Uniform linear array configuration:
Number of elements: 48
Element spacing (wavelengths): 0.25
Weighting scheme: binomial
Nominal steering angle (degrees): -15
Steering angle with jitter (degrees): -15.81
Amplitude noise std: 0.05
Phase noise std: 0.05

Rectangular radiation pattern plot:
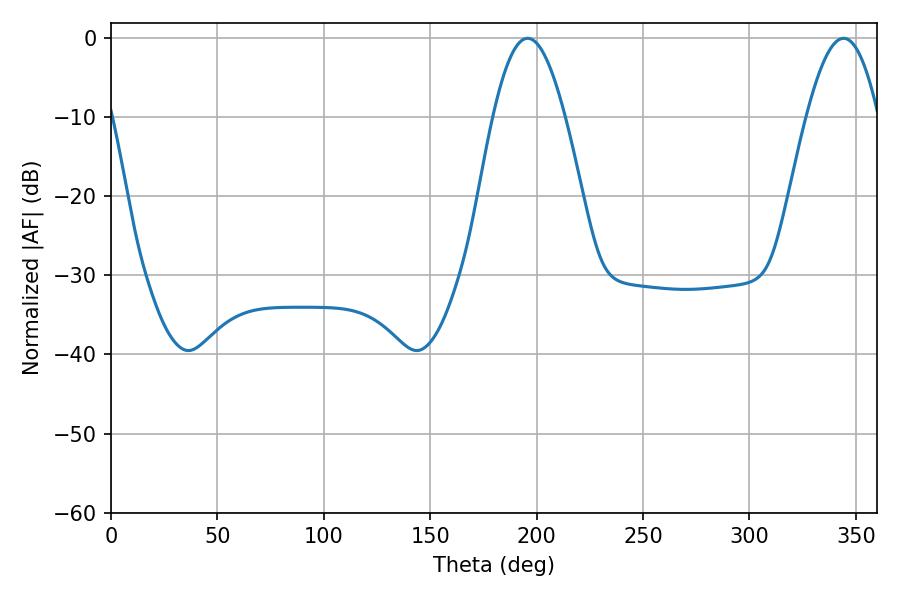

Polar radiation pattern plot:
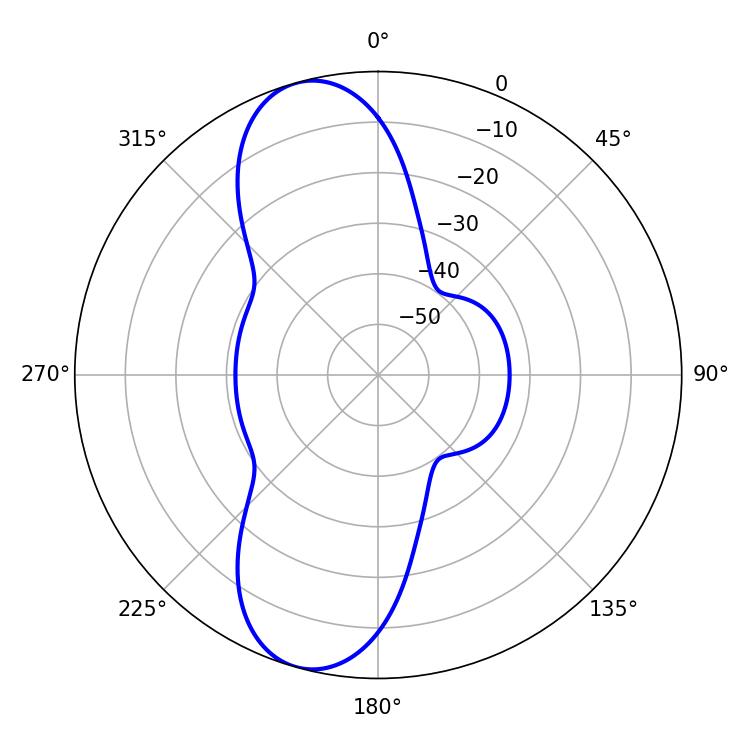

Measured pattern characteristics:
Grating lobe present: FALSE
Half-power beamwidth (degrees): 18.36
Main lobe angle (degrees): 195.84